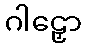
ဂါဠှော